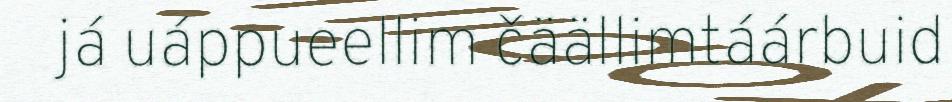
já uáppueellim čäällimtáárbuid